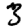
Digit: 3